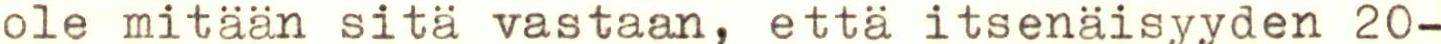
ole mitään sitä vastaan, että itsenäisyyden 20-